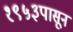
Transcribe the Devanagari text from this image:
१९५३पासून